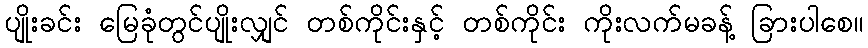
ပျိုးခင်း မြေခုံတွင်ပျိုးလျှင် တစ်ကိုင်းနှင့် တစ်ကိုင်း ကိုးလက်မခန့် ခြားပါစေ။